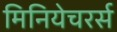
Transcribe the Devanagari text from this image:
मिनियेचरर्स